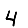
Digit: 4